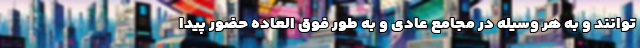
‌توانند و به هر وسیله در مجامع عادی و به‌ طور فوق ‌العاده حضور پیدا